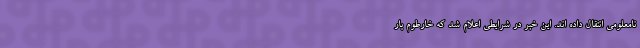
نامعلومی انتقال داده اند. این خبر در شرایطی اعلام شد که خارطوم بار